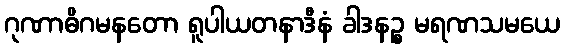
ဂုဏာဓိဂမနတော ရူပါယတနာဒီနံ ခါဒနဉ္စ မရဏသမယေ